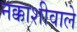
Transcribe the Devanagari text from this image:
नक्काशीवाले